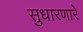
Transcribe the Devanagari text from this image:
सुधारणारे